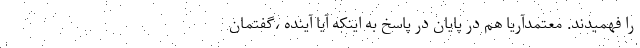
را فهمیدند. معتمدآریا هم در پایان در پاسخ به اینکه آیا آینده ،گفتمان